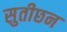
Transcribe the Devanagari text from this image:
सुतीछन